Lunatic asylums Punjab 1911-1921 - 1911-1921
Year: 1911
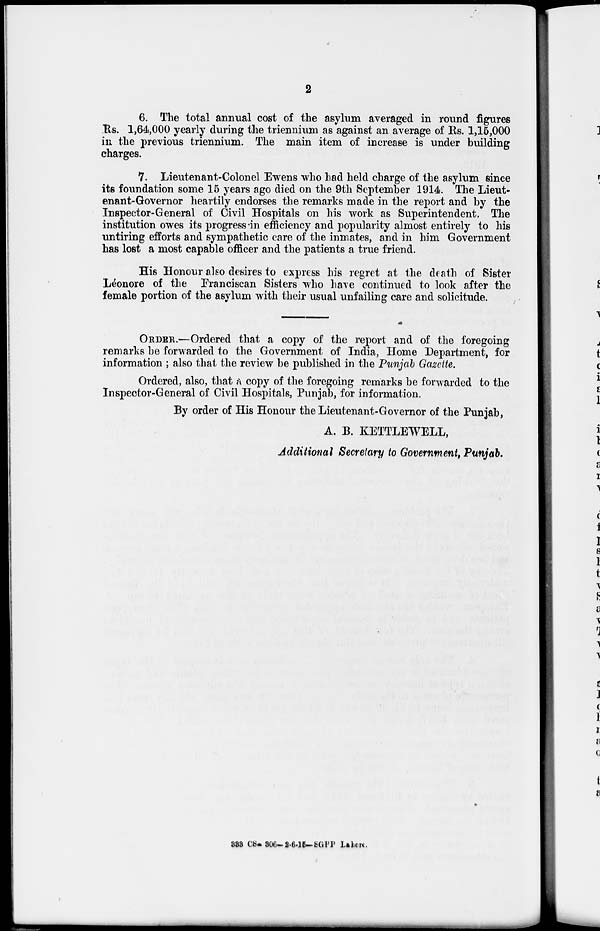
2
6. The total annual cost of the asylum averaged in round figures
Rs. 1,64,000 yearly during the triennium as against an average of Rs. 1,15,000
in the previous triennium. The main item of increase is under building
charges.
7. Lieutenant-Colonel Ewens who had held charge of the asylum since
its foundation some 15 years ago died on the 9th September 1914. The Lieut-
enant-Governor heartily endorses the remarks made in the report and by the
Inspector-General of Civil Hospitals on his work as Superintendent. The
institution owes its progress in efficiency and popularity almost entirely to his
untiring efforts and sympathetic care of the inmates, and in him Government
has lost a most capable officer and the patients a true friend.
His Honour also desires to express his regret at the death of Sister
Léonore of the Franciscan Sisters who have continued to look after the
female portion of the asylum with their usual unfailing care and solicitude.
ORDER.—Ordered that a copy of the report and of the foregoing
remarks be forwarded to the Government of India, Home Department, for
information ; also that the review be published in the Punjab Gazette.
Ordered, also, that a copy of the foregoing remarks be forwarded to the
Inspector-General of Civil Hospitals, Punjab, for information.
By order of His Honour the Lieutenant-Governor of the Punjab,
A. B. KETTLEWELL,
Additional Secretary to Government, Punjab.